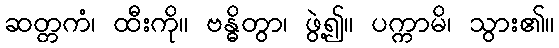
ဆတ္တကံ၊ ထီးကို။ ဗန္ဓိတွာ၊ ဖွဲ့၍။ ပက္ကာမိ၊ သွား၏။